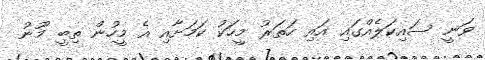
ވަނީ ސައިކަލެއްގައި އައި ހަތަރު މީހަކު ކަމަށާއި އެ މީހުން ތިބީ މޫނު